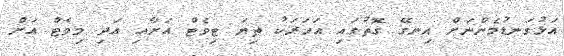
އަޅުގަނޑުމެންނަށް އިނގޭ ގޮތުގައި އަހަރަކު ތިޔަ ޓިވެޓް އަށާއި އަދި މިވެޓް އަށް